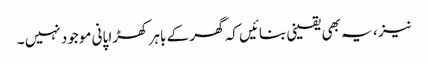
نیز ، یہ بھی یقینی بنائیں کہ گھر کے باہر کھڑا پانی موجود نہیں ۔